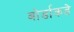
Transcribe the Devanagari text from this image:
बोर्डाकडे